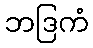
ဘဒြကံ